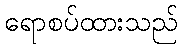
ရောစပ်ထားသည်